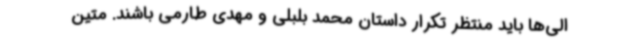
الی‌ها باید منتظر تکرار داستان محمد بلبلی و مهدی طارمی باشند. متین